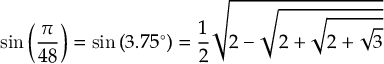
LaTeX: \sin \left( { \frac { \pi } { 4 8 } } \right) = \sin \left( 3 . 7 5 ^ { \circ } \right) = { \frac { 1 } { 2 } } { \sqrt { 2 - { \sqrt { 2 + { \sqrt { 2 + { \sqrt { 3 } } } } } } } }